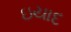
ઇયાદ